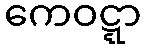
ကေဝဋ္ဋာ